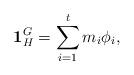
LaTeX: \begin{align*}\mathbf{1}_H^G = \sum_{i=1}^t m_i \phi_i, \end{align*}